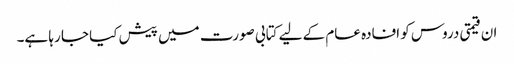
ان قیمتی دروس کو افادہ عام کے لیے کتابی صورت میں پیش کیا جا رہا ہے۔